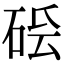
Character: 𥒛